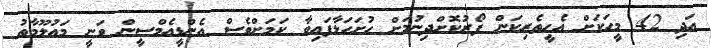
އަދި 42 މީހަކަށް އެހީތެރިކަން ފޯރުކޮށްދިނުމަށް ހުށަހަޅާފައިވާ ކަމަށްވެސް އެންޑީއެމްސީން ވަނީ މައުލޫމާތު